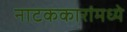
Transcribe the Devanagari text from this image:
नाटककारांमध्ये